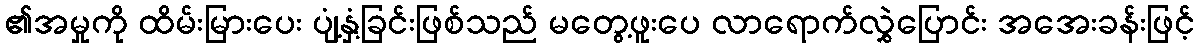
၏အမှုကို ထိမ်းမြားပေး ပျံ့နှံ့ခြင်းဖြစ်သည် မတွေ့ဖူးပေ လာရောက်လွှဲပြောင်း အအေးခန်းဖြင့်